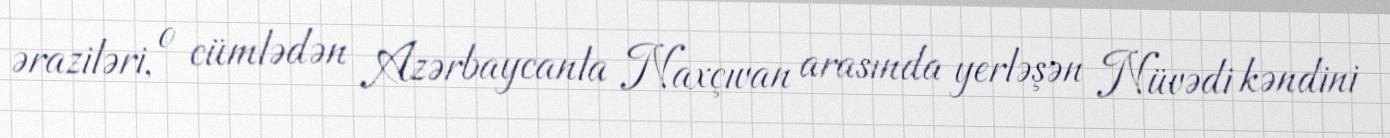
əraziləri, o cümlədən Azərbaycanla Naxçıvan arasında yerləşən Nüvədi kəndini